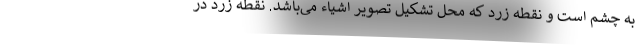
به چشم است و نقطه زرد که محل تشکیل تصویر اشیاء می‌باشد. نقطه زرد در